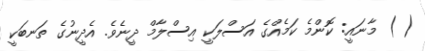
( ) މާނައީ: ކޮންމެ ކަމެއްގެ އަސްލަކީ އިސްލާމް ދީނެވެ. އެދީނުގެ ތަނބަކީ